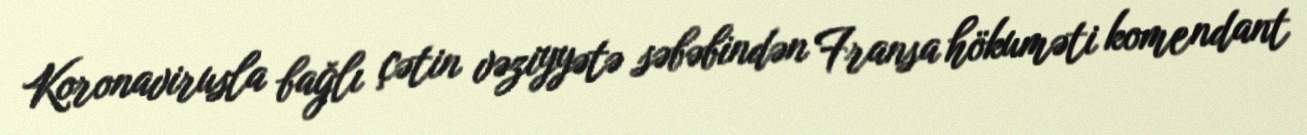
Koronavirusla bağlı çətin vəziyyətə səbəbindən Fransa hökuməti komendant